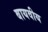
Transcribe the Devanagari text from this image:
बायवीय